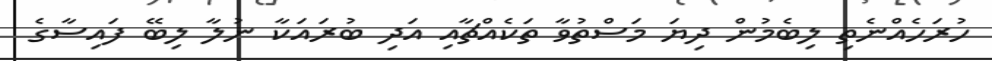
ހުރަހެއްނެތި ލިބެމުން ދިޔަ މަސްތުވާ ތަކެއްޗާއި އަދި ބުރައަކާ ނުލާ ލިބޭ ފައިސާގެ